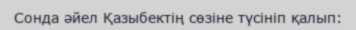
Сонда әйел Қазыбектің сөзіне түсініп қалып: